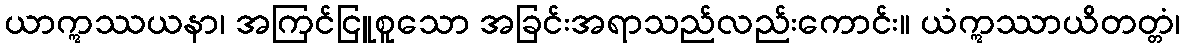
ယာဣဿယနာ၊ အကြင်ငြူစူသော အခြင်းအရာသည်လည်းကောင်း။ ယံဣဿာယိတတ္တံ၊